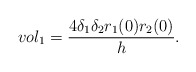
\begin{align*}vol_1=\frac{4 \delta_1 \delta_2 r_1 (0) r_2 (0)}{h}.\end{align*}